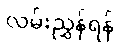
လမ်းညွှန်ရန်